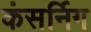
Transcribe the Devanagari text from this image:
कंसर्निग